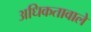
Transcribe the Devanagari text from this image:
अधिकतावाले